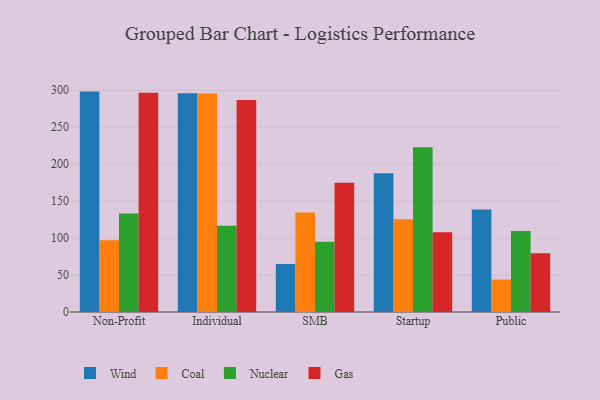
{"axis": {"x": "Segment", "y": "Energy Usage (MWh)"}, "legend": ["Coal", "Gas", "Nuclear", "Wind"], "data": [{"x": "Non-Profit", "y": 298.1, "type": "Wind"}, {"x": "Non-Profit", "y": 96.9, "type": "Coal"}, {"x": "Non-Profit", "y": 133.3, "type": "Nuclear"}, {"x": "Non-Profit", "y": 296.5, "type": "Gas"}, {"x": "Individual", "y": 296.0, "type": "Wind"}, {"x": "Individual", "y": 295.4, "type": "Coal"}, {"x": "Individual", "y": 116.6, "type": "Nuclear"}, {"x": "Individual", "y": 286.8, "type": "Gas"}, {"x": "SMB", "y": 64.9, "type": "Wind"}, {"x": "SMB", "y": 134.6, "type": "Coal"}, {"x": "SMB", "y": 95.1, "type": "Nuclear"}, {"x": "SMB", "y": 174.9, "type": "Gas"}, {"x": "Startup", "y": 187.8, "type": "Wind"}, {"x": "Startup", "y": 125.6, "type": "Coal"}, {"x": "Startup", "y": 222.9, "type": "Nuclear"}, {"x": "Startup", "y": 108.0, "type": "Gas"}, {"x": "Public", "y": 138.7, "type": "Wind"}, {"x": "Public", "y": 43.8, "type": "Coal"}, {"x": "Public", "y": 109.4, "type": "Nuclear"}, {"x": "Public", "y": 79.3, "type": "Gas"}]}